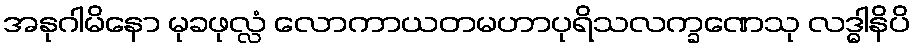
အနုဂါမိနော မုခဖုလ္လံ လောကာယတမဟာပုရိသလက္ခဏေသု လဒ္ဓါနိပိ